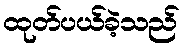
ထုတ်ပယ်ခဲ့သည်